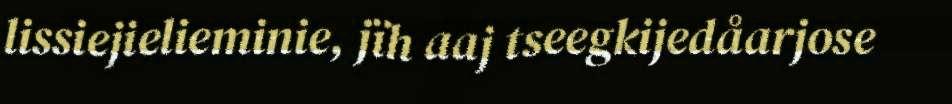
lissiejielieminie, jïh aaj tseegkijedåarjose